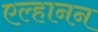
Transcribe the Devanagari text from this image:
एल्हानन